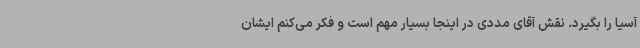
آسیا را بگیرد. نقش آقای مددی در اینجا بسیار مهم است و فکر می‌کنم ایشان